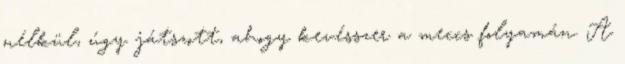
nélkül, úgy játszott, ahogy kevésszer a meccs folyamán. A